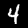
Digit: 4